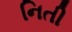
નિતી